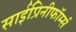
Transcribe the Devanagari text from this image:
साईप्रिनीफॉर्म्स